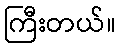
ကြီးတယ်။